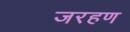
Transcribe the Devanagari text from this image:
जरहण